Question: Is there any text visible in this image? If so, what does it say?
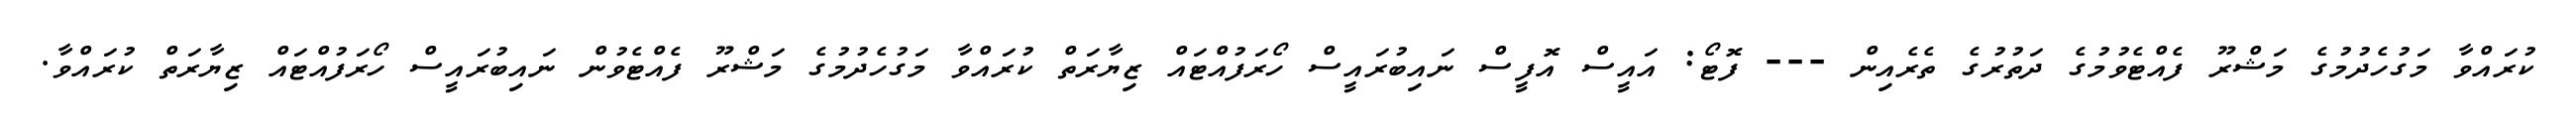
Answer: ކުރައްވާ މަގުހެދުމުގެ މަޝްރޫ ފެއްޓެވުމުގެ ދަތުރުގެ ތެރެއިން --- ފޮޓޯ: އައީސް އޮފީސް ނައިބުރައީސް ހޯރަފުއްޓައް ޒިޔާރަތް ކުރައްވާ މަގުހެދުމުގެ މަޝްރޫ ފެއްޓެވުން ނައިބުރައީސް ހޯރަފުއްޓައް ޒިޔާރަތް ކުރައްވާ.